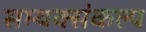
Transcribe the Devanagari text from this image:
सम्यक्संकल्प